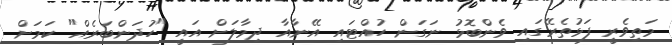
މަތިވެރީ ފަޅުތެރޭގައި ވެންބޮޅު ނަގަން ހުއްޓައި އޭނާއާ ދިމާލަށް އައީ "ހުދަންބަރެއް" ކަމަށް